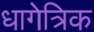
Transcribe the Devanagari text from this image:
धागेत्रिक